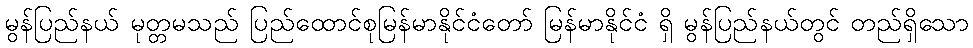
မွန်ပြည်နယ် မုတ္တမသည် ပြည်ထောင်စုမြန်မာနိုင်ငံတော် မြန်မာနိုင်ငံ ရှိ မွန်ပြည်နယ်တွင် တည်ရှိသော